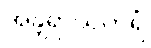
အန္တရာယကရံ